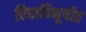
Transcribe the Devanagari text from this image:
विद्याविभूषीत